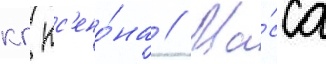
кг кс'ено́на // Ма́сса